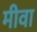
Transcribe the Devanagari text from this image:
मीवा